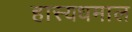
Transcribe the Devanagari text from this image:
हास्यधमाल